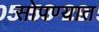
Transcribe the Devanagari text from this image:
सोपण्यात